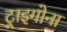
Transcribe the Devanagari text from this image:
ट्राइगोना